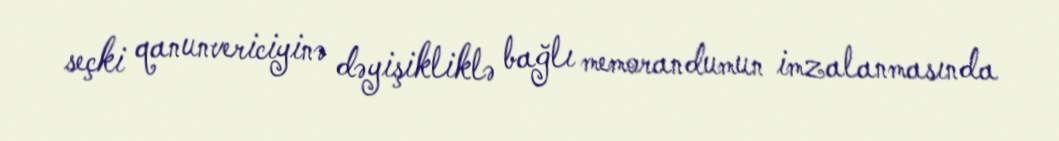
seçki qanunvericiyinə dəyişikliklə bağlı memorandumun imzalanmasında